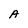
Character: A